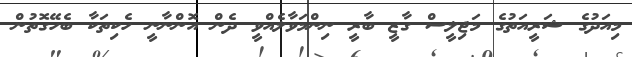
މިއަދުގެ ޝަރީއަތުގެ މަޖިލީސް ގާޒީ ބާރީ ނިންމަވާލެއްވީ ދެން އޮންނާނީ ހެކިތަކާ ބެހޭގޮތުން